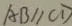
A B / / C D